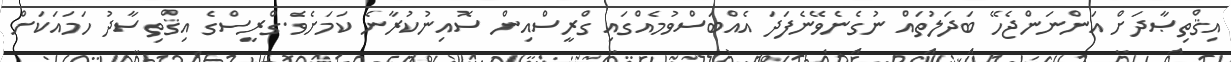
އިޤްތިޞާދަށް އަންނަންޖެހޭ ބަދަލުތައް ނުގެނެވޭނެފަދަ އެއްބަސްވުމެއްގައި ގްރީސްއިން ސޮއިނުކުރާނެ ކަމަށެވެ.ގްރީސްގެ އިޤްތިސާދު ހަމައަކަށް